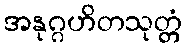
အနုဂ္ဂဟိတသုတ္တံ